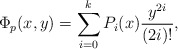
\begin{align*} \Phi_p(x,y)=\sum_{i=0}^{k} P_{i}(x)\frac {y^{2i}}{(2i)!}, \end{align*}